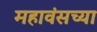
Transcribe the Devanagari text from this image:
महावंसच्या